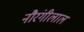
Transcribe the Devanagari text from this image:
नौरंगीलाल